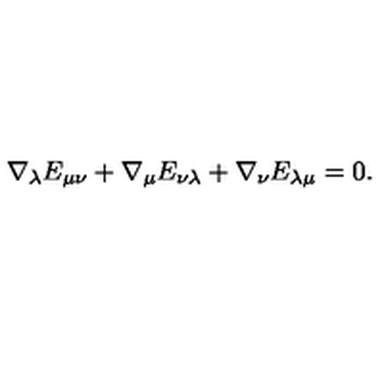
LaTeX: \nabla _ { \lambda } E _ { \mu \nu } + \nabla _ { \mu } E _ { \nu \lambda } + \nabla _ { \nu } E _ { \lambda \mu } = 0 .